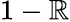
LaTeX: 1-\mathbb{R}